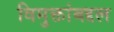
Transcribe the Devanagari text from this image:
विमुक्तांबद्दल